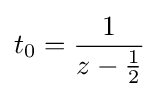
t_{0}={\frac {1}{z-{\frac {1}{2}}}}